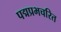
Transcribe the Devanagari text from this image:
पद्मप्रभचरित